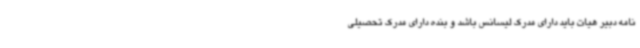
نامه دبیر هیات باید دارای مدرک لیسانس باشد و بنده دارای مدرک تحصیلی